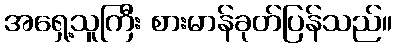
အရှေ့သူကြီး စားမာန်ခုတ်ပြန်သည်။